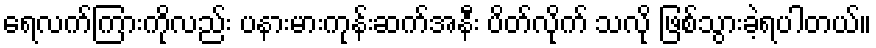
ရေလက်ကြားကိုလည်း ပနားမားကုန်းဆက်အနီး ပိတ်လိုက် သလို ဖြစ်သွားခဲ့ရပါတယ်။